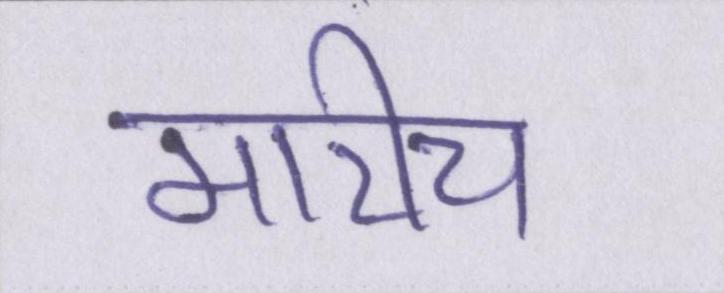
मारीच